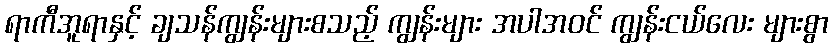
ရာကီအူရာနှင့် ချသန်ကျွန်းများစသည့် ကျွန်းများ အပါအဝင် ကျွန်းငယ်လေး များစွာ